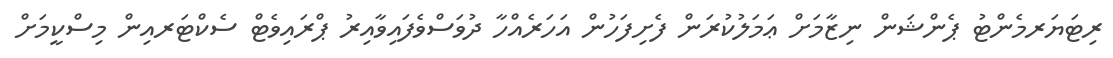
ރިޓަޔަރމެންޓު ޕެންޝަން ނިޒާމަށް ޢަމަލުކުރަން ފެށިފަހުން އަހަރެއްހާ ދުވަސްވެފައިވާއިރު ޕްރައިވެޓް ސެކްޓަރއިން މިސްކީމަށް